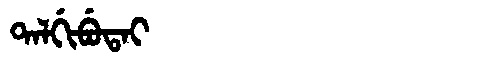
Manchu: ᡨᠠᠯᡤᡳᠪᡠᡨᠠᡳ
Romanization: TALGIBUTAI